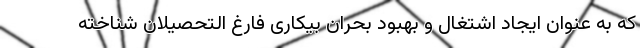
که به عنوان ایجاد اشتغال و بهبود بحران بیکاری فارغ التحصیلان شناخته